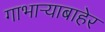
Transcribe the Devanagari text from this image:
गाभाऱ्याबाहेर